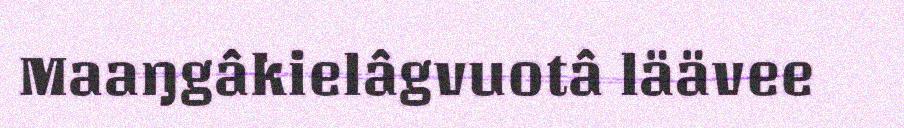
Maaŋgâkielâgvuotâ läävee